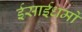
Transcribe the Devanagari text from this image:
ईसाईधर्मों